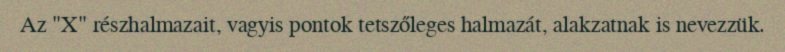
Az "X" részhalmazait, vagyis pontok tetszőleges halmazát, alakzatnak is nevezzük.